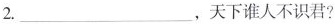
2. ___ ，天下谁人不识君?